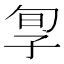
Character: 㝁